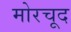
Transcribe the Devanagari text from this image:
मोरचूद